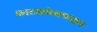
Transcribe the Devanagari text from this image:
काटकोनापासून